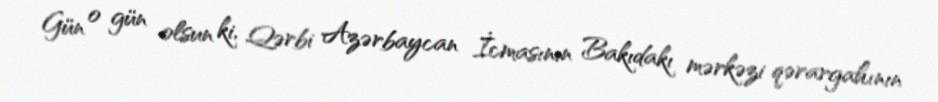
Gün o gün olsun ki, Qərbi Azərbaycan İcmasının Bakıdakı mərkəzi qərargahının